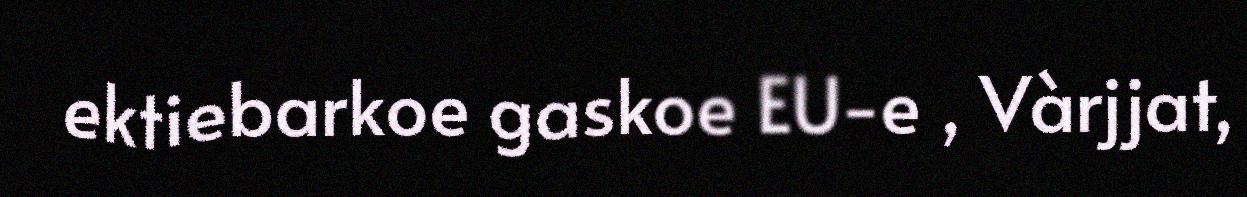
ektiebarkoe gaskoe EU-e , Vàrjjat,